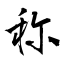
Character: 称